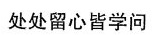
处处留心皆学问